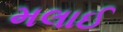
મલાઈ